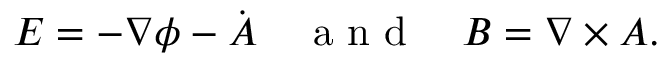
\boldsymbol E = - \boldsymbol \nabla \phi - \dot { \boldsymbol A } \quad \mathrm { ~ a ~ n ~ d ~ } \quad \boldsymbol B = \boldsymbol \nabla \times \boldsymbol A .